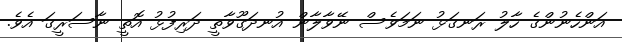
އަންހެނުންގެ ހާލު ރަނގަޅު ނަމަވެސް ނޭވާލާން އުނދަގޫވާތީ ދަރިފުޅު އޮތީ ނާސަރީގަ އެވެ.